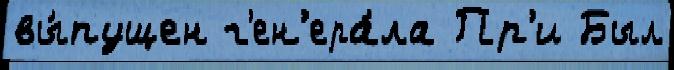
вы́пущен г'ен'ера́ла Пр'и Был